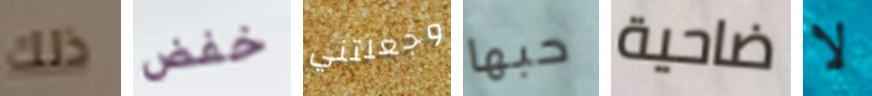
ذلك خفض وجعلتني حبها ضاحية لا